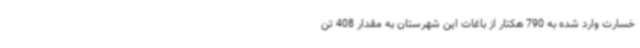
خسارت وارد شده به 790 هکتار از باغات این شهرستان به مقدار 408 تن